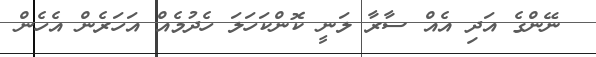
ނޭންގެ އަދި އެއް ސާރާ ލަނީ ކޮންކަހަލަ ހެދުމެއް އަހަރެން އެހެން